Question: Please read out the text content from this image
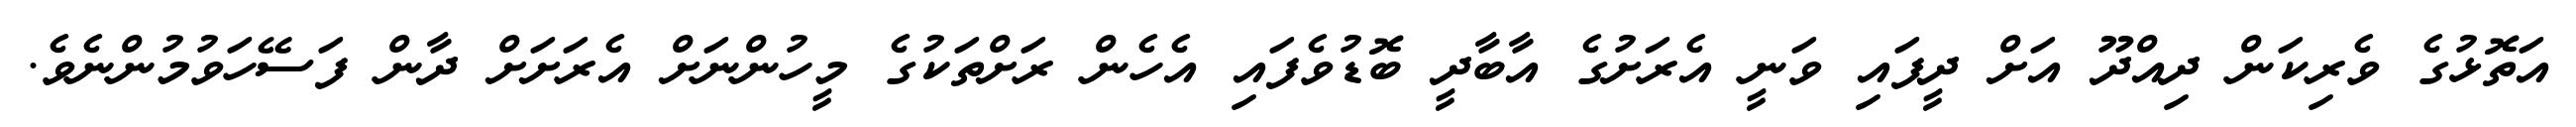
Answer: އަތޮޅުގެ ވެރިކަން ދިއްދޫ އަށް ދީފައި ވަނީ އެރަށުގެ އާބާދީ ބޮޑުވެފައި އެހެން ރަށްތަކުގެ މީހުންނަށް އެރަށަށް ދާން ފަސޭހަވުމުންނެވެ.